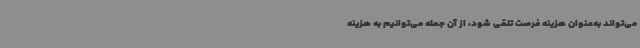
می‌تواند به‌عنوان هزینه فرصت تلقی شود، از آن جمله می‌توانیم به هزینه